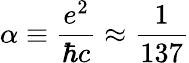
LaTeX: \alpha\equiv\frac{e^{2}}{\hbar c}\approx\frac{1}{137}